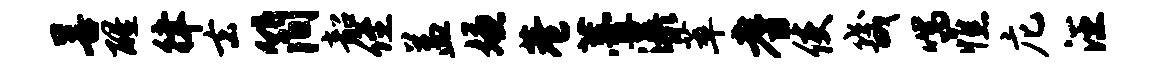
善醒律去简韶侄益嫌巷薹瀑萃耆使畿喘憔庀汪